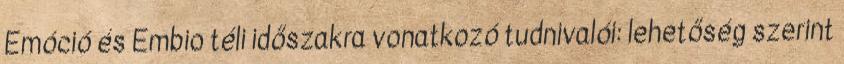
Emóció és Embio téli időszakra vonatkozó tudnivalói: lehetőség szerint